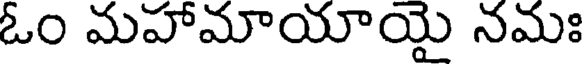
ఓం మహామాయాయై నమః